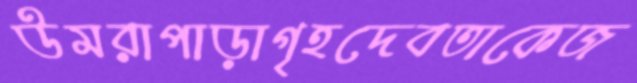
উমরাপাড়াগৃহদেবতাকেজ